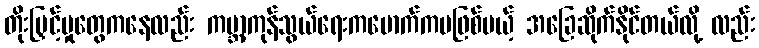
တိုးမြှင့်မှုတွေကနေလည်း ကမ္ဘာ့ကုန်သွယ်ရေးကမောက်ကမဖြစ်မယ့် အခြေဆိုက်နိုင်တယ်လို့ လည်း